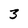
Character: 3